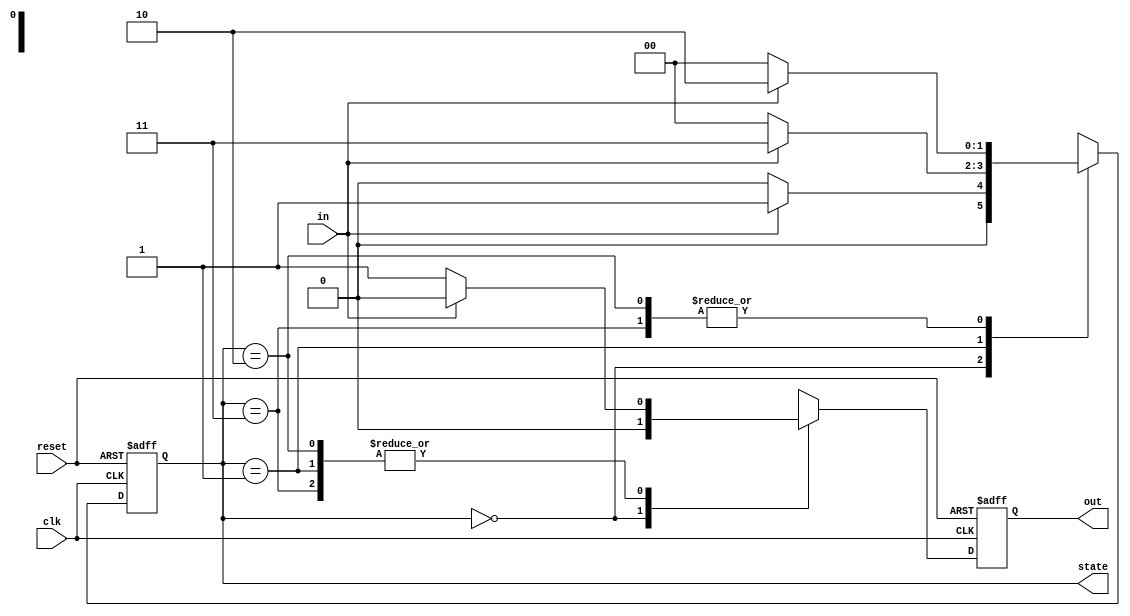
module StateMachine_mealy (

  input wire clk,       // Clock 
  input wire reset,     // Reset signal
  input wire in,        // Input 
  output reg [1:0] state, // Current state
  output reg out        // Output signal
);

  // State encoding
  parameter S00 = 2'b00, S01 = 2'b01, S10 = 2'b10, S11 = 2'b11;
  
  // Initial state
  initial begin
    state = S00;
    out = 0;
  end

  always @(posedge clk or posedge reset) begin
    if (reset) begin
      state <= S00;
      out <= 0;
    end else begin
      case (state)
        S00: begin
          if (in) begin
            state <= S01;
            out <= 0;
          end else begin
            state <= S00;
            out <= 0;
          end
        end
        S01: begin
          if (in) begin
            state <= S11;
            out <= 0;
          end else begin
            state <= S00;
            out <= 1;
          end
        end
        S10: begin
          if (in) begin
            state <= S10;
            out <= 0;
          end else begin
            state <= S00;
            out <= 1;
          end
        end
        S11: begin
          if (in) begin
            state <= S10;
            out <= 0;
          end else begin
            state <= S00;
            out <= 1;
          end
        end
        default: begin
          state <= S00;
          out <= 0;
        end
      endcase
    end
  end
endmodule